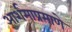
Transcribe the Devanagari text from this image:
आर्शमाप्रमाणे